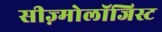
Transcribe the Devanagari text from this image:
सीज़्मोलॉजिस्ट